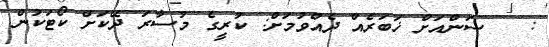
:   ސަންއަށް ޚަބަރެއް ދެއްވުމަށް: ކުރީގެ މުސާރަ ދޭކަށް ކޯޓަކުން